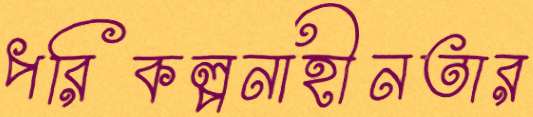
পরিকল্পনাহীনতার